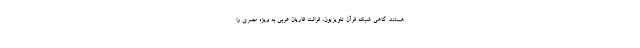
هستند. گاهی شبکه قرآن تلویزیون، قرائت قاریان عربی به ویژه مصری را